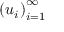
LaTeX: \left( u _ { i } \right) _ { i = 1 } ^ { \infty }